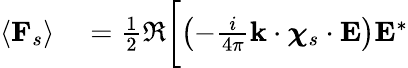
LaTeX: \begin{array}{rl}{\left\langle\mathbf{F}_{s}\right\rangle}&{{}=\frac{1}{2}\Re\biggl[\left(-\frac{i}{4\pi}\mathbf{k}\cdot\boldsymbol{\chi}_{s}\cdot\mathbf{E}\right)\mathbf{E}^{*}}\end{array}